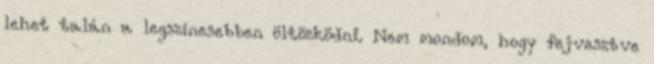
lehet talán a legszínesebben öltözködni. Nem mondom, hogy fejvesztve